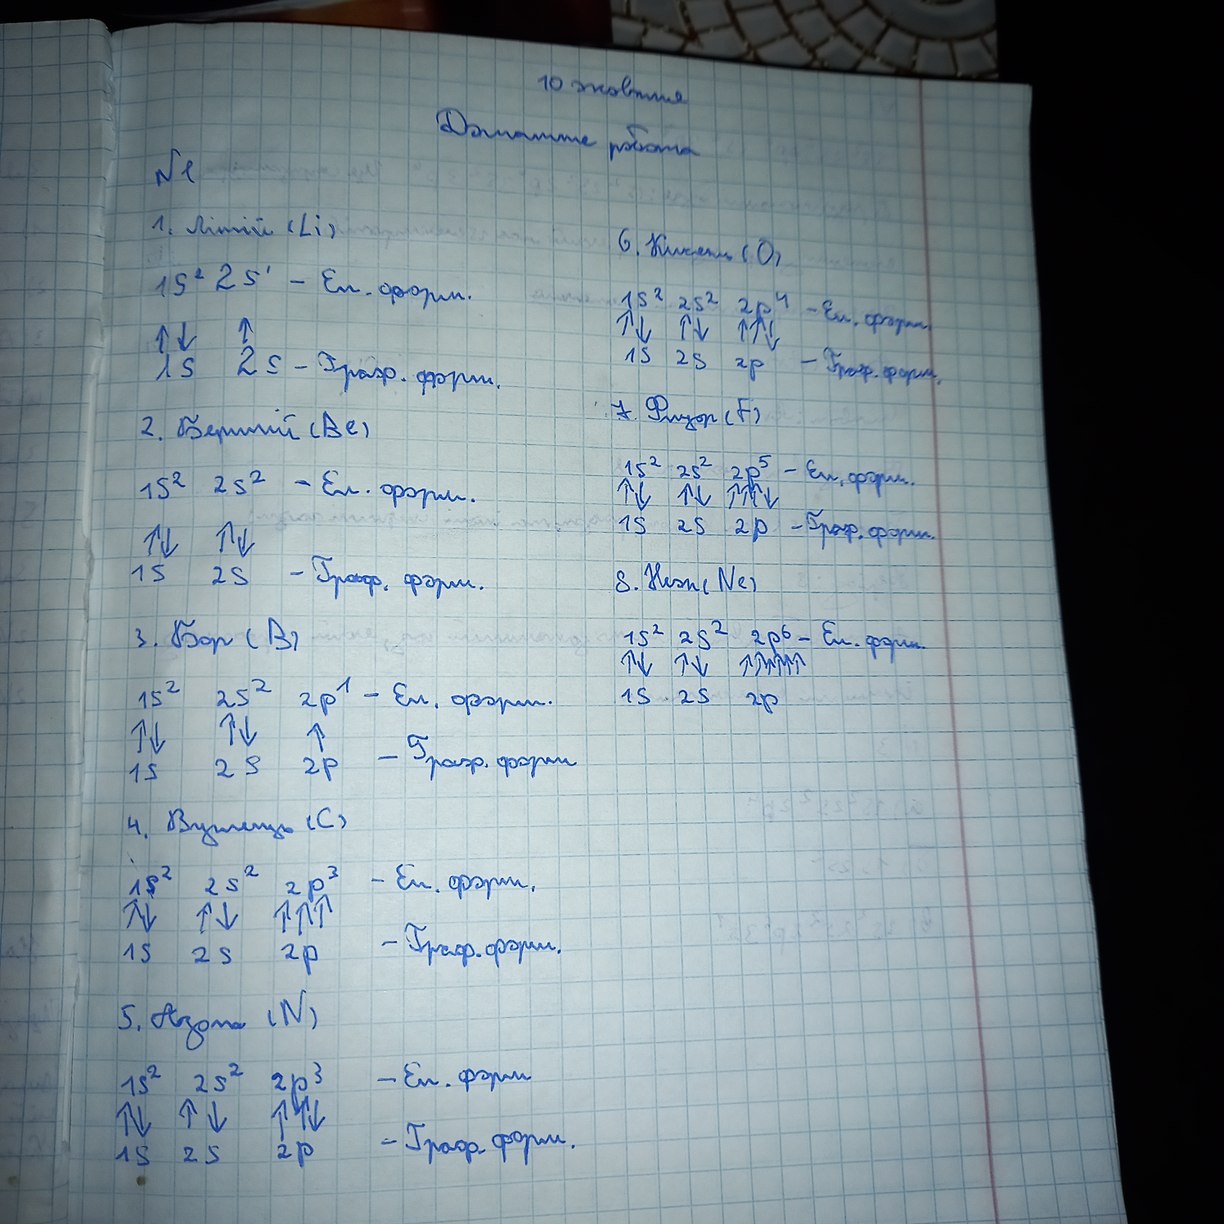
10 жовтня
Домашня робота
N1
1. Літій (Li)
6. Кисень (O)
λs^2 2s' - Ел. форм.
1s^2 2s^2 2p^4 - Ел. форму.
↑λ↓s ↑2s - граф. форм.
↑1↓s ↑2↓s ↑↑↓2p -Граф. форм.
7. Флуор (F)
2. Бериллій (Be)
1s^2 2s^2 2p^5 - Ел. форм.
1s^2 2s^2 - Ел. форм.
↑1↓s ↑2↓s ↑↑↑↓2p -Граф. форм.
↑1↓s ↑2↓s - Граф. форм.
8. Неон (Ne)
3. Бор (B)
1s^2 2s^2 2p^6 - Ел. форм.
↑1↓s ↑2↓s ↑↑↑2p
1s^2 2s^2 2p^1 - Ел. форм.
↑1↓s ↑2↓s ↑2p - Граф. форм
4. Вуглець (C)
1s^2 2s^2 2p^3 - Ел. форм.
↑1↓s ↑2↓s ↑↑↑2p -Граф. форм.
5. Азот(N)
1s^2 2s^2 2p^3 - Ел. форм.
↑1↓s ↑2↓s ↑↑↓2p - Граф. форм.